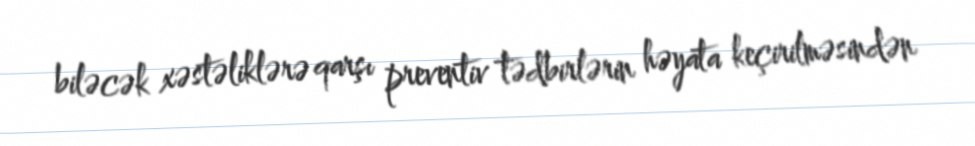
biləcək xəstəliklərə qarşı preventiv tədbirlərin həyata keçirilməsindən